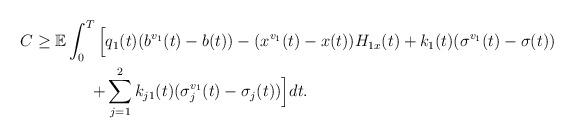
LaTeX: \begin{align*}\begin{aligned}C\geq\mathbb{E}\int_0^T\Big[&q_1(t)(b^{v_1}(t)-b(t))-(x^{v_1}(t)-x(t))H_{1x}(t)+k_1(t)(\sigma^{v_1}(t)-\sigma(t))\\+&\sum_{j=1}^2k_{j1}(t)(\sigma_j^{v_1}(t)-\sigma_j(t))\Big]dt.\end{aligned}\end{align*}